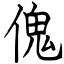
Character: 傀